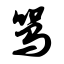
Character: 骂